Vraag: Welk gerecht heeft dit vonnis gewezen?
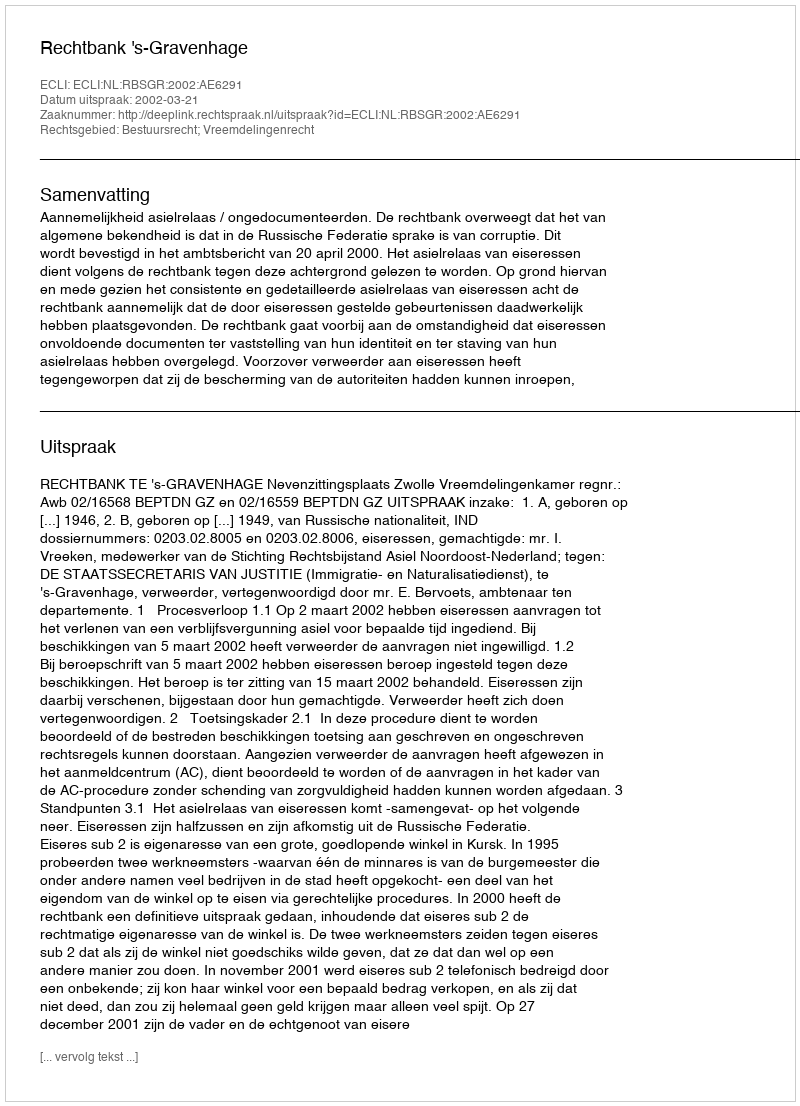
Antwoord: Rechtbank 's-Gravenhage